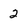
Character: 2